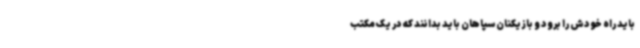
باید راه خودش را برود و بازیکنان سپاهان باید بدانند که در یک مکتب